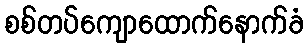
စစ်တပ်ကျောထောက်နောက်ခံ